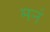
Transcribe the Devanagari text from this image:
मनं